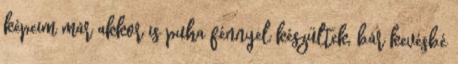
képeim már akkor is puha fénnyel készültek, bár kevésbé